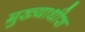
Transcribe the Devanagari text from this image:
मुख्याधीश